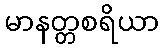
မာနတ္တစရိယာ